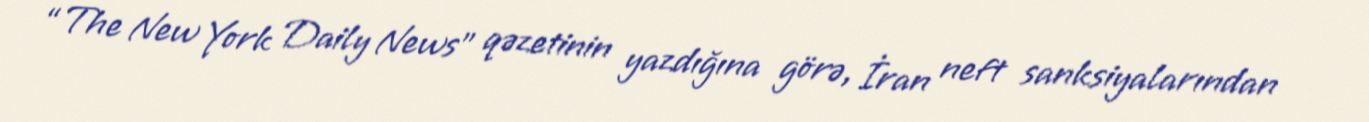
“The New York Daily News” qəzetinin yazdığına görə, İran neft sanksiyalarından